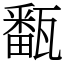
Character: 㽃